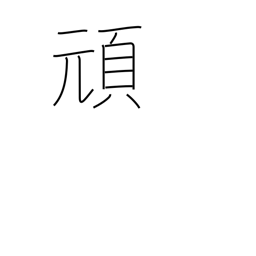
Meaning: stubborn